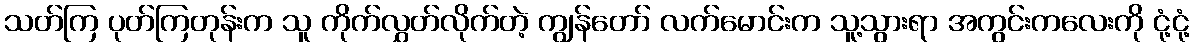
သတ်ကြ ပုတ်ကြတုန်းက သူ ကိုက်လွှတ်လိုက်တဲ့ ကျွန်တော် လက်မောင်းက သူ့သွားရာ အကွင်းကလေးကို ငုံ့ငုံ့